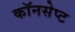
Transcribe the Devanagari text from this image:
कॉनसेप्ट